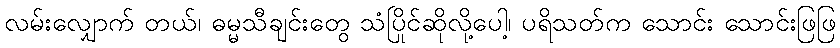
လမ်းလျှောက် တယ်၊ ဓမ္မသီချင်းတွေ သံပြိုင်ဆိုလို့ပေါ့၊ ပရိသတ်က သောင်း သောင်းဖြဖြ